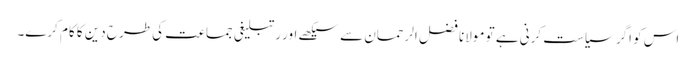
اس کو اگر سیاست کرنی ہے تو مولانا فضل الرحمان سے سیکھے اور رتبلیغی جماعت کی طرح دین کا کام کرے۔